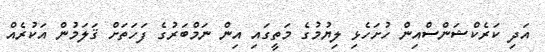
އަދި ކަރެކްޝަންސްއިން ހުށަހެޅި ލިޔުމުގެ މަތީގައި އިން ނަމްބަރުގެ ފަހަތަށް ޤަލަމުން އަކުރެއް